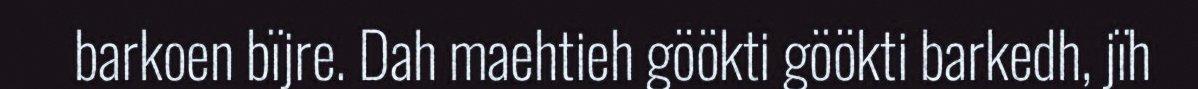
barkoen bïjre. Dah maehtieh göökti göökti barkedh, jïh